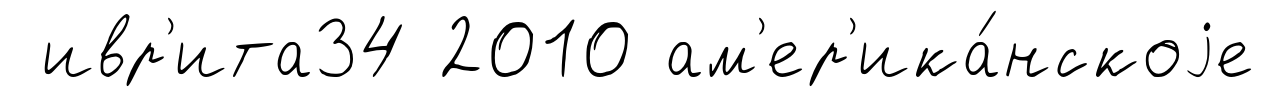
ивр'ита34 2010 ам'ер'ика́нскоjе